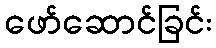
ဖော်ဆောင်ခြင်း